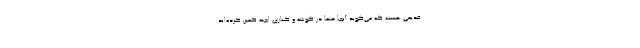
قدیمی هست که می‌گوید آنجا حتما در گوشه و کناری اجنه کمین کرده‌اند